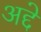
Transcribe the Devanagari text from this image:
अद्दे